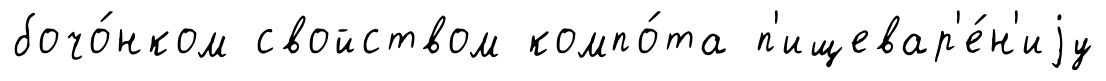
бочо́нком свойством компо́та п'ищевар'е́н'иjу